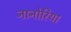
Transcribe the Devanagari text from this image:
नानोरिया